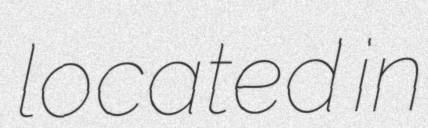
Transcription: located in